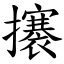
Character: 攐